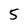
Character: 5